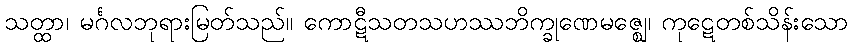
သတ္ထာ၊ မင်္ဂလဘုရားမြတ်သည်။ ကောဋီသတသဟဿဘိက္ခုဏေမဇ္ဈေ၊ ကုဋေတစ်သိန်းသော